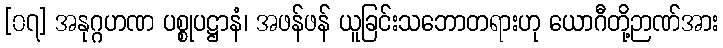
[၀၇] အနုဂ္ဂဟဏ ပစ္စုပဋ္ဌာနံ၊ အဖန်ဖန် ယူခြင်းသဘောတရားဟု ယောဂီတို့ဉာဏ်အား